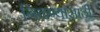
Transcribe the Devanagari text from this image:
गिळण्यासाठी